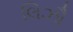
લિઝૌ